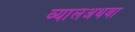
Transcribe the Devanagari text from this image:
व्यालअथवा